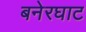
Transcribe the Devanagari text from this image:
बनेरघाट